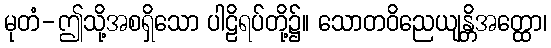
မုတံ-ဤသို့အစရှိသော ပါဠိရပ်တို့၌။ သောတဝိညေယျန္တိအတ္ထော၊